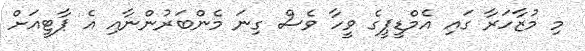
މި މުޒާހަރާ ގައި އެމްޑީޕީގެ ވީހާ ވެސް ގިނަ މެންބަރުންނާއި އެ ޕާޓީއަށް